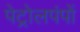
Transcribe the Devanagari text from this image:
पेट्रोलपंपों